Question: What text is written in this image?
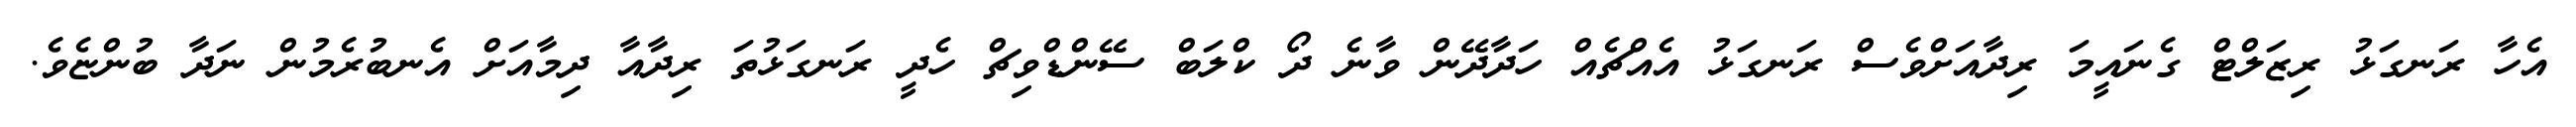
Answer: އެހާ ރަނގަޅު ރިޒަލްޓް ގެނައީމަ ރިދާއަށްވެސް ރަނގަޅު އެއްޗެއް ހަދާދޭން ވާނެ ދޯ ކްލަބް ސޭންޑްވިޗް ހެދީ ރަނގަޅުތަ ރިދާއާ ދިމާއަށް އެނބުރެމުން ނަދާ ބުންޏެވެ.